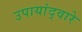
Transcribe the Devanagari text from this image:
उपायांद्वारे